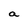
Character: a